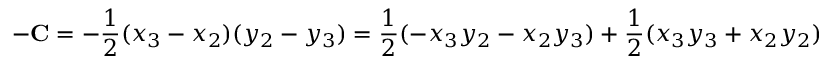
- \mathbf { C } = - { \frac { 1 } { 2 } } ( x _ { 3 } - x _ { 2 } ) ( y _ { 2 } - y _ { 3 } ) = { \frac { 1 } { 2 } } ( - x _ { 3 } y _ { 2 } - x _ { 2 } y _ { 3 } ) + { \frac { 1 } { 2 } } ( x _ { 3 } y _ { 3 } + x _ { 2 } y _ { 2 } )